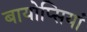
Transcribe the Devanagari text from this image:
बायोप्सियां